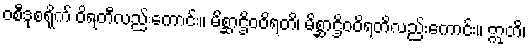
ဝစီဒုစရိုက် ဝိရတီလည်းကောင်း။ မိစ္ဆာဌိဝဝိရတိ၊ မိစ္ဆာဌိဝဝိရတိလည်းကောင်း။ ဣတိ၊